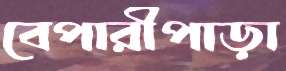
বেপারীপাড়া